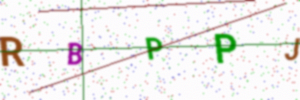
Text: RBPPJ